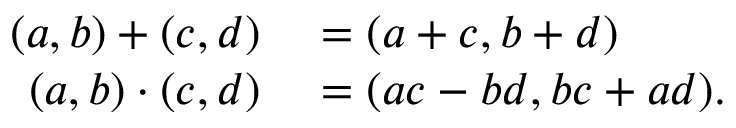
\begin{array} { r l } { ( a , b ) + ( c , d ) } & { { } = ( a + c , b + d ) } \\ { ( a , b ) \cdot ( c , d ) } & { { } = ( a c - b d , b c + a d ) . } \end{array}